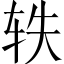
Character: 轶